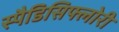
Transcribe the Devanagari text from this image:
स्पैडिसिफ्लोरी